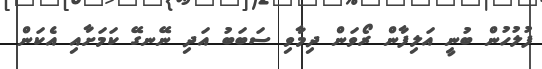
ފުލުހުން ބުނީ އަލިފާން ރޯވަން ދިމާވި ސަބަބު އަދި ނޭނގޭ ކަމަށާއި އެކަން